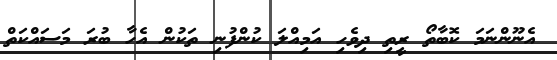
އެނޫންނަމަ ކޮބާތޯ ރީތި ދިވެހި އަމިއްލަ ކުންފުނި ތަކުން އެހާ ބުރަ މަސައްކަތް